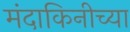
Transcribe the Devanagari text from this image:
मंदाकिनीच्या